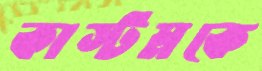
কাস্টমকে